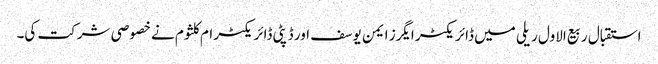
استقبال ربیع الاول ریلی میں ڈائریکٹر ایگرز ایمن یوسف اور ڈپٹی ڈائریکٹر ام کلثوم نے خصوصی شرکت کی۔